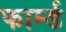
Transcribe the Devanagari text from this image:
फार्म्ड